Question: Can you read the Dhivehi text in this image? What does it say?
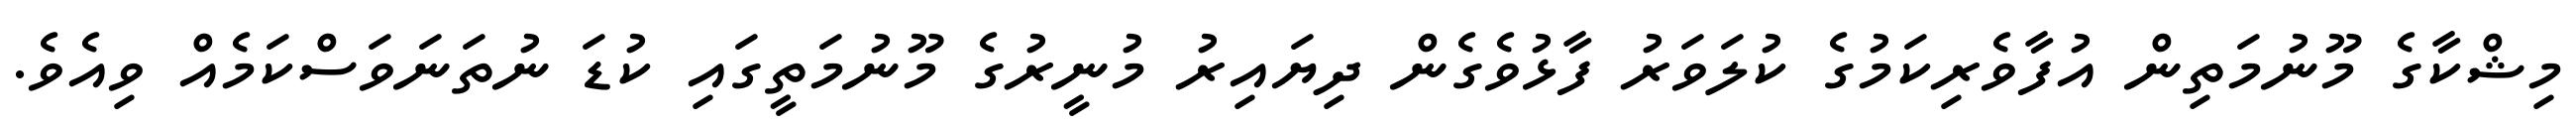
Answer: މިޝްކާގެ މޫނުމަތިން އުފާވެރިކަމުގެ ކުލަވަރު ފާޅުވެގެން ދިޔައިރު މުނީރުގެ މޫނުމަތީގައި ކުޑަ ނުތަނަވަސްކަމެއް ވިއެވެ.